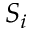
S _ { i }